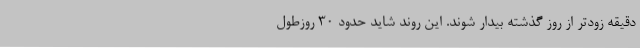
دقیقه زودتر از روز گذشته بیدار شوند. این روند شاید حدود 30 روزطول